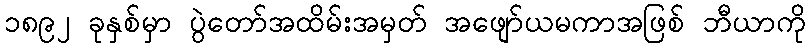
၁၈၉၂ ခုနှစ်မှာ ပွဲတော်အထိမ်းအမှတ် အဖျော်ယမကာအဖြစ် ဘီယာကို